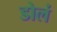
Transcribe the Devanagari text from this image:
डोलं